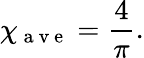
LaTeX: \chi_{\mathrm{~a~v~e~}}=\frac{4}{\pi}.